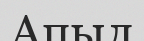
Апыл